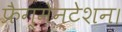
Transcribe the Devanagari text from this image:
फ्रैग्मेन्टेशन।